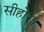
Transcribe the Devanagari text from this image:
सीहोर।